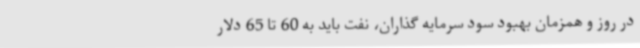
در روز و همزمان بهبود سود سرمایه گذاران، نفت باید به 60 تا 65 دلار